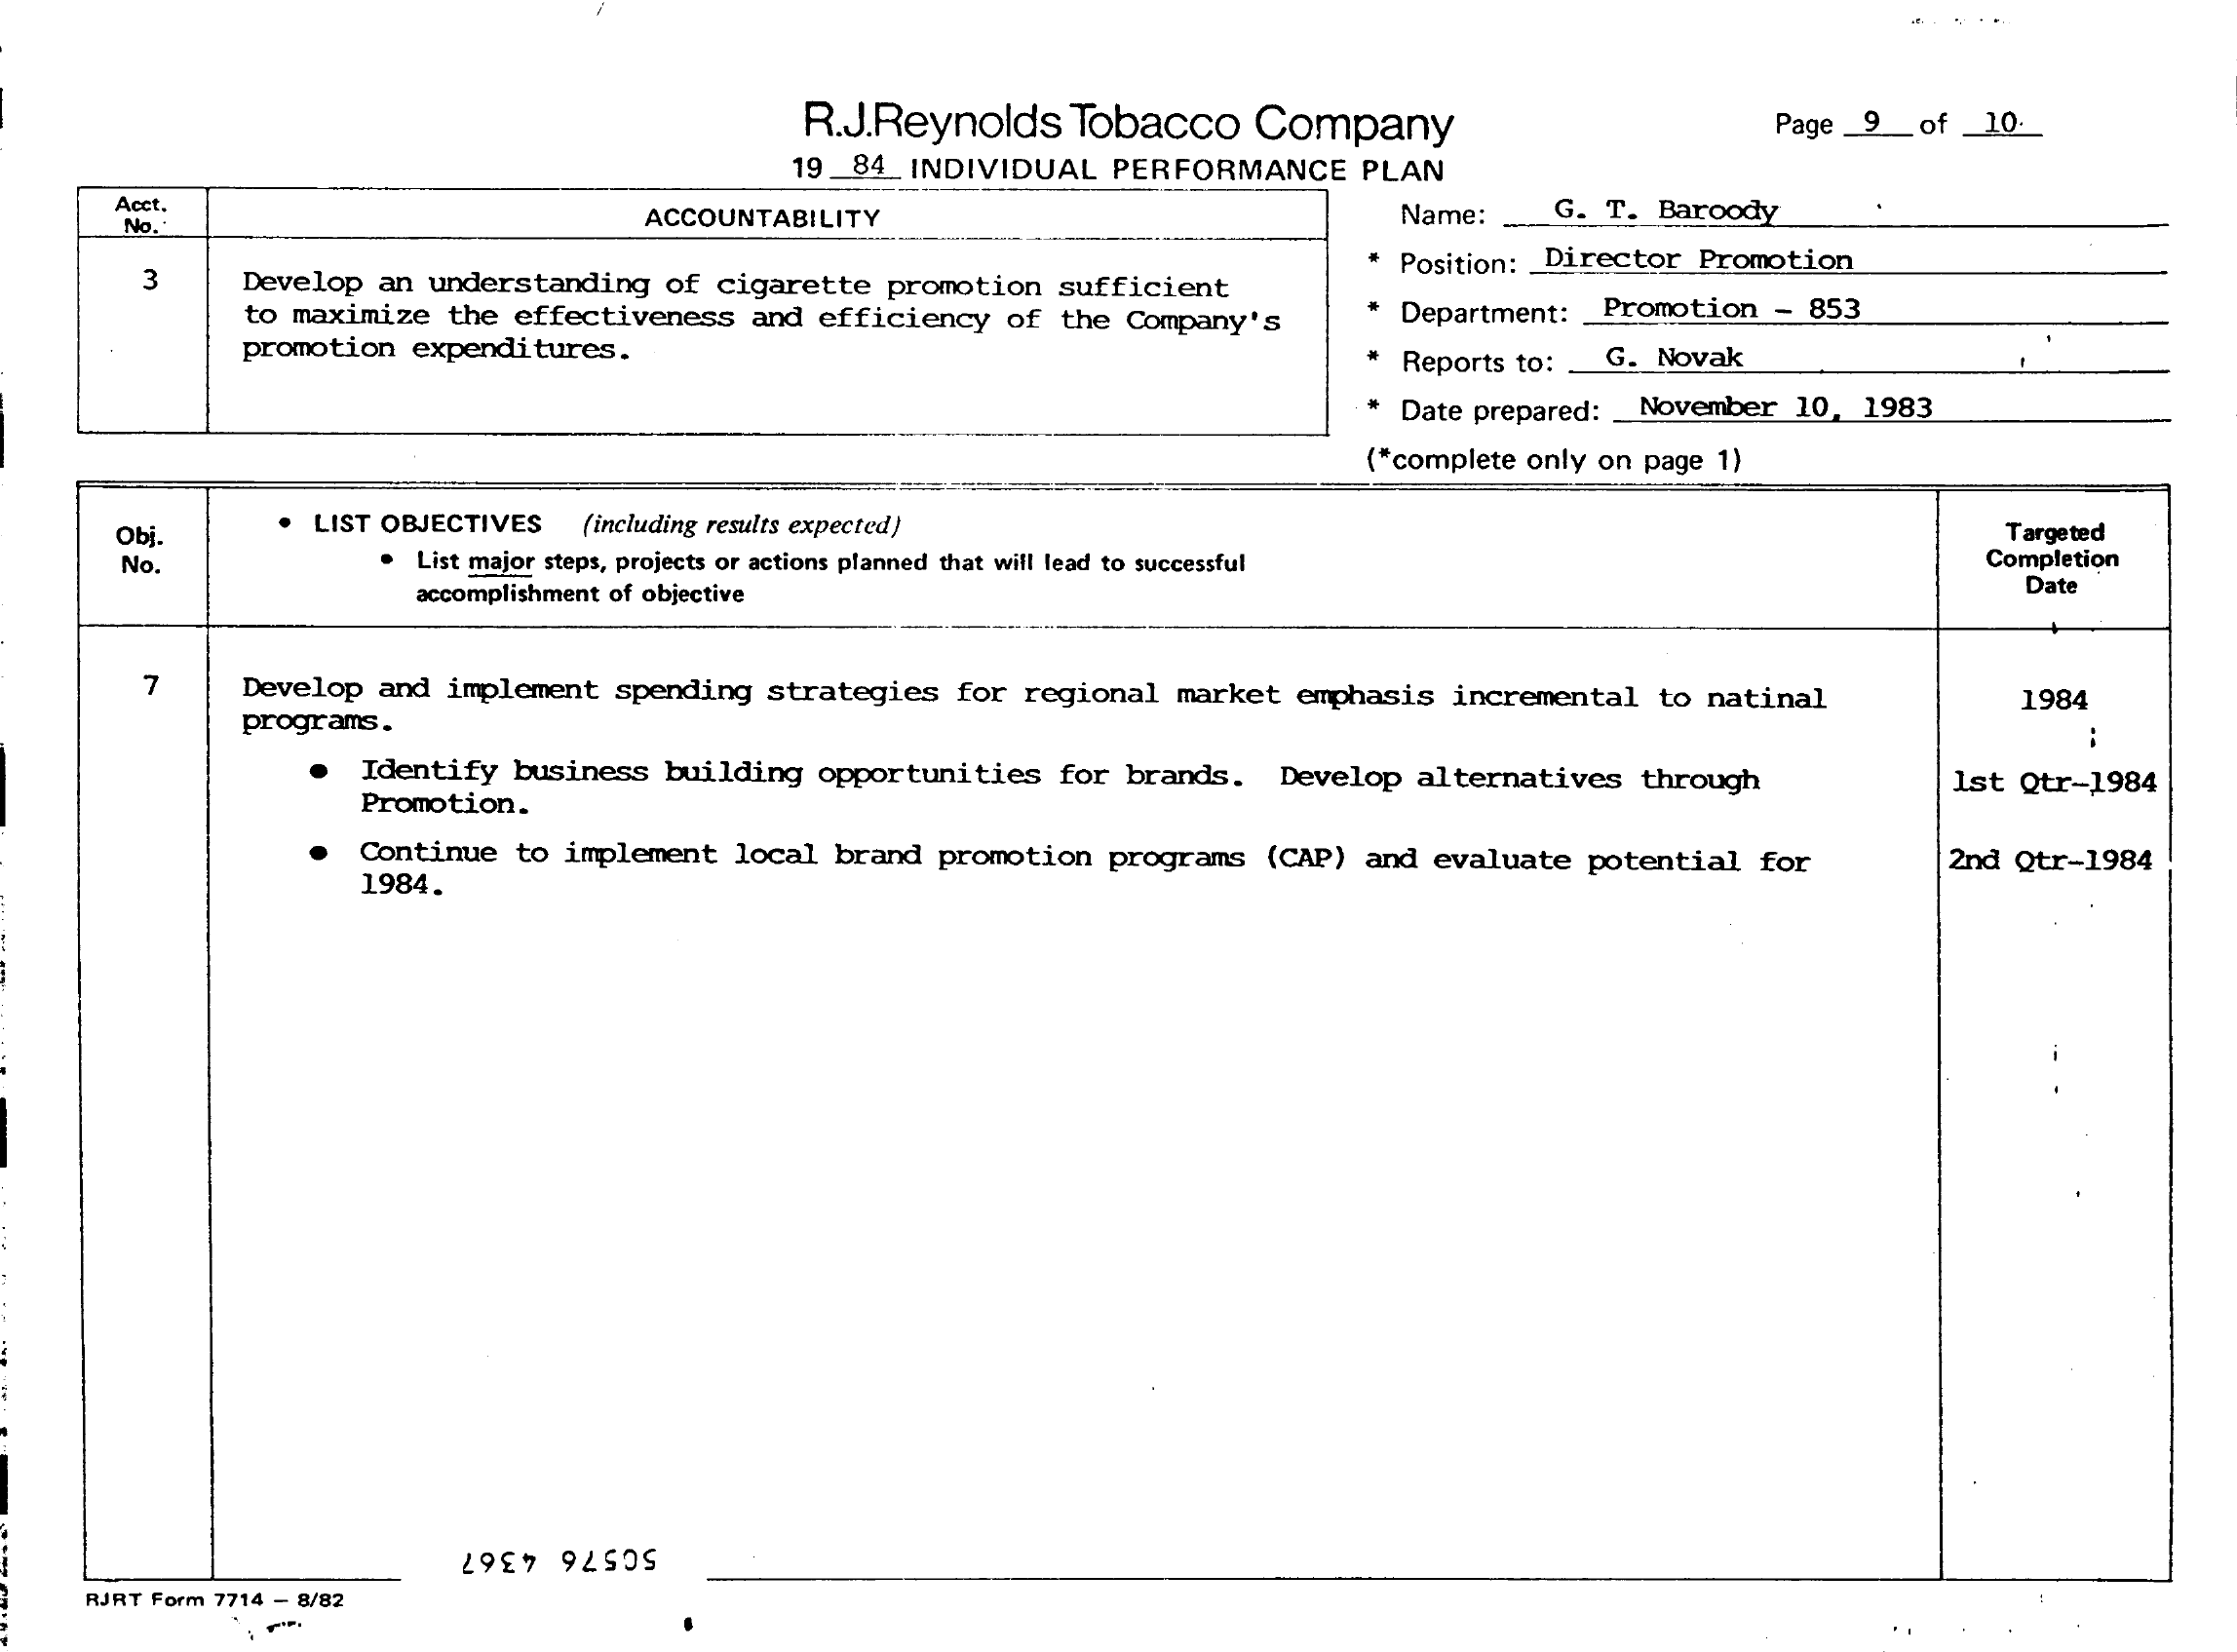
R.J.Reynolds Tobacco  Company    Page _9_of _10.
     19 84_ INDIVIDUAL PERFORMANCE PLAN
     Acct.
     ACCOUNTABILITY    Name:   G. T. Baroody
     No.
     3    Develop an understanding of cigarette promotion sufficient
     Position: Director Promotion
     to maximize the effectiveness and efficiency of the Company's Department: Promotion - 853
     promotion expenditures.    Reports to: __ G. Novak
     Date prepared: _ November 10, 1983
     (*complete only on page 1)
     Obj.
     LIST OBJECTIVES (including results expected)    Targeted
     No.    List major steps, projects or actions planned that will lead to successful   Completion
     accomplishment of objective    Date
     7    Develop and implement spending strategies for regional market emphasis incremental to natinal
     programs.
     1984
     Identify business building opportunities for brands. Develop alternatives through
     Promotion.
     Ist Qtr-1984
     Continue to implement local brand promotion programs (CAP) and evaluate potential for
     1984.
     2nd Qtr-1984
    RJRT Form 7714 - 8/82
     50576 4367